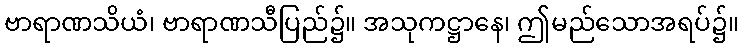
ဗာရာဏသိယံ၊ ဗာရာဏသီပြည်၌။ အသုကဋ္ဌာနေ၊ ဤမည်သောအရပ်၌။